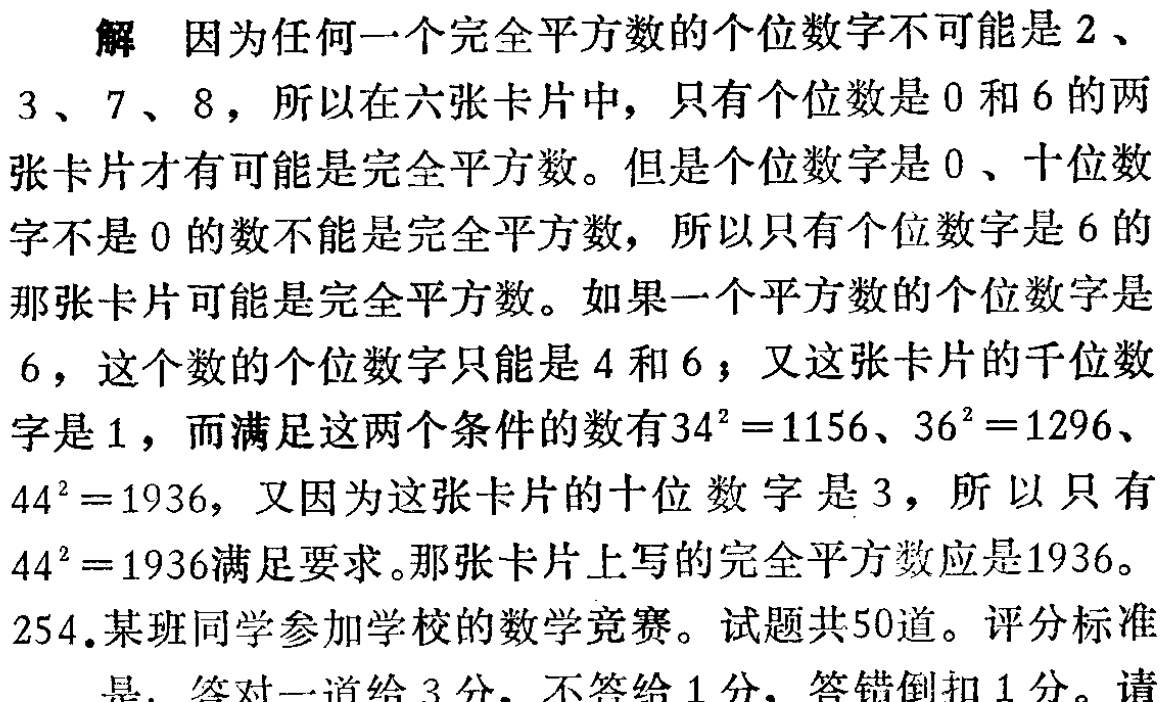
解 因为任何一个完全平方数的个位数字不可能是$2$、

$3$、$7$、$8$，所以在六张卡片中，只有个位数是$0$和$6$的两

张卡片才有可能是完全平方数。但是个位数字是$0$、十位数

字不是$0$的数不能是完全平方数，所以只有个位数字是$6$的

那张卡片可能是完全平方数。如果一个平方数的个位数字是

$6$，这个数的个位数字只能是$4$和$6$；又这张卡片的千位数

字是$1$，而满足这两个条件的数有$34^{2}=1156$、$36^{2}=1296$、

$44^{2}=1936$，又因为这张卡片的十位数字是$3$，所以只有

$44^{2}=1936$满足要求。那张卡片上写的完全平方数应是1936。

254.某班同学参加学校的数学竞赛。试题共50道。评分标准

是：答对一道给$3$分，不答给$1$分，答错倒扣$1$分。请